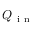
Q _ { \mathrm { ~ i ~ n ~ } }